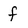
Character: f